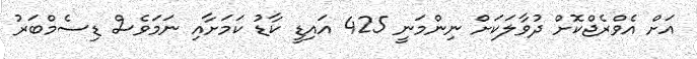
އަށް އެވްރެޖްކޮށް ދުވާލަކަށް ނިންމަނީ 425 އައިޑީ ކާޑު ކަމަށާއި ނަމަވެސް ޑިސެމްބަރު